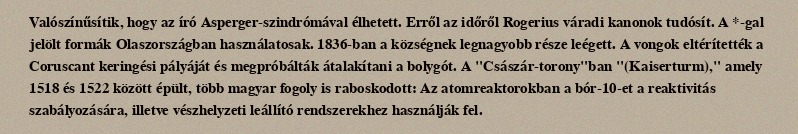
Valószínűsítik, hogy az író Asperger-szindrómával élhetett. Erről az időről Rogerius váradi kanonok tudósít. A *-gal jelölt formák Olaszországban használatosak. 1836-ban a községnek legnagyobb része leégett. A vongok eltérítették a Coruscant keringési pályáját és megpróbálták átalakítani a bolygót. A "Császár-torony"ban "(Kaiserturm)," amely 1518 és 1522 között épült, több magyar fogoly is raboskodott: Az atomreaktorokban a bór-10-et a reaktivitás szabályozására, illetve vészhelyzeti leállító rendszerekhez használják fel.